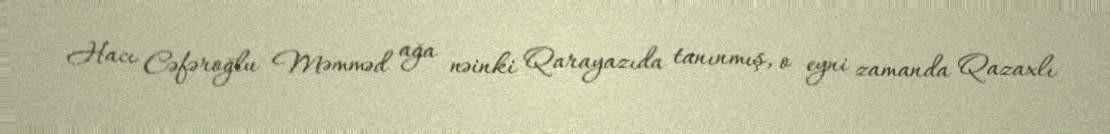
Hacı Cəfəroğlu Məmməd ağa nəinki Qarayazıda tanınmış, o eyni zamanda Qazaxlı